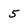
Character: 5